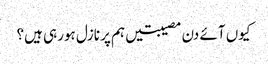
کیوں آئے دن مصیبتیں ہم پر نازل ہورہی ہیں؟